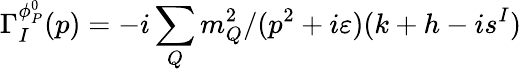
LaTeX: \Gamma_{I}^{\phi_{P}^{0}}(p)=-i\sum_{Q}m_{Q}^{2}/(p^{2}+i\varepsilon)(k+h-is^{I})